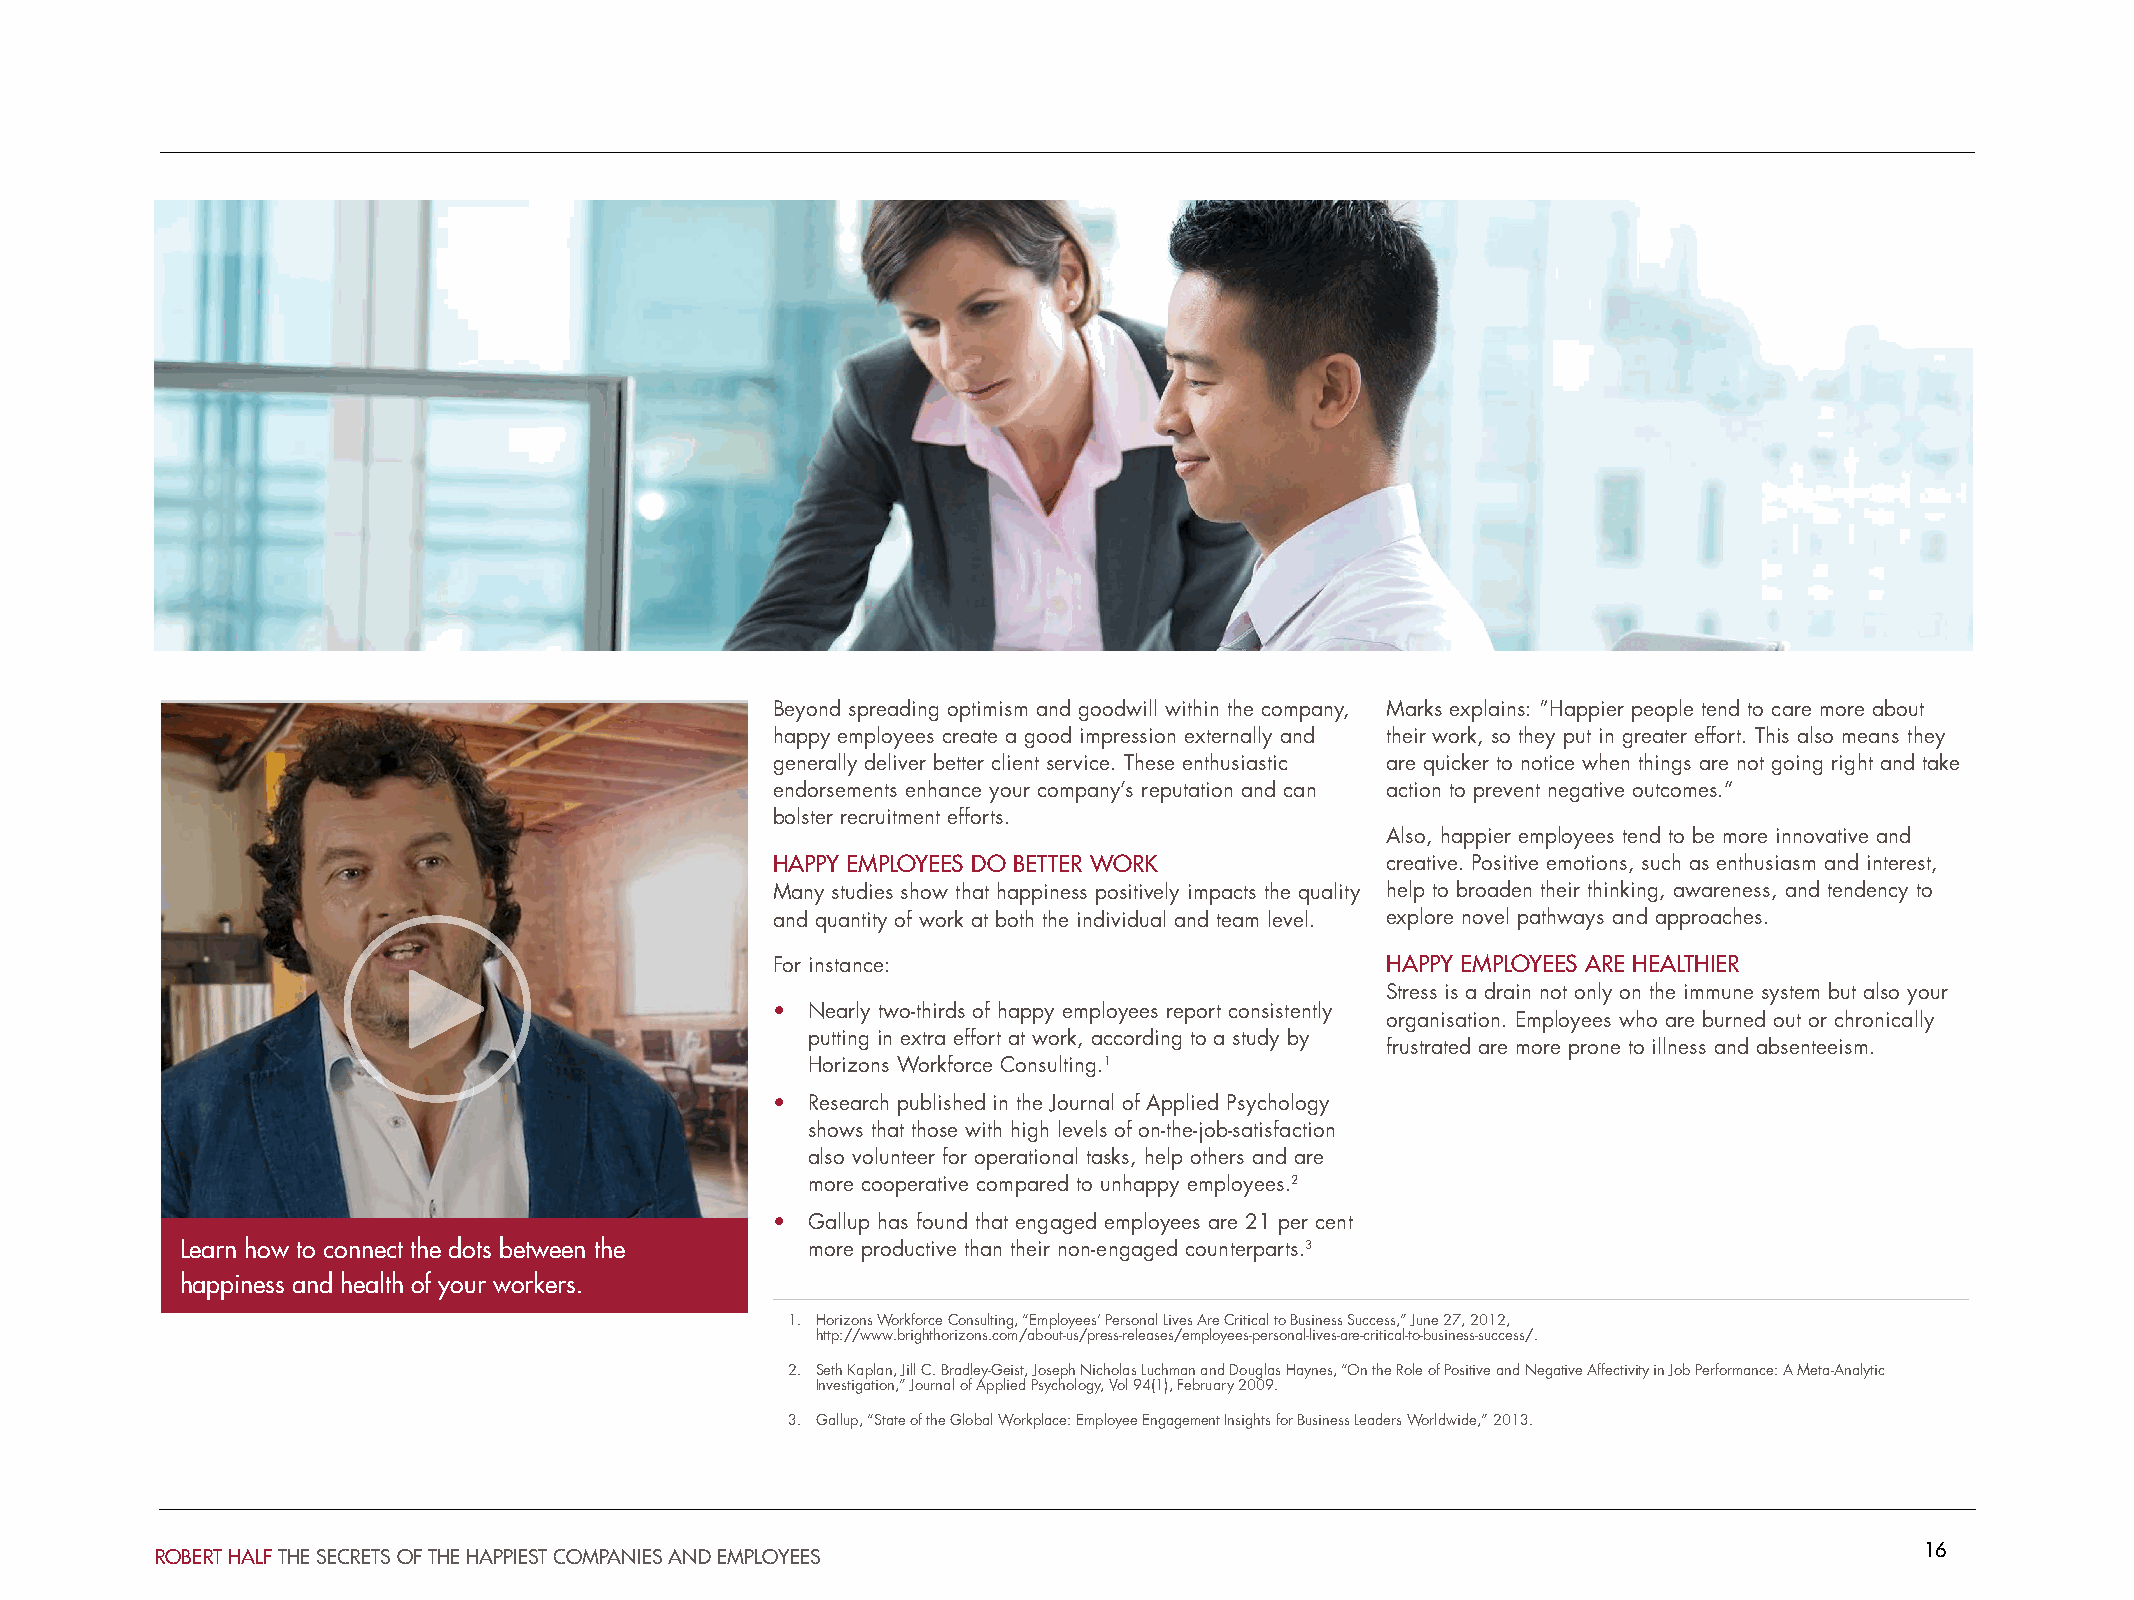
Beyond spreading optimism and goodwill within the company, Marks explains: “Happier people tend to care more about
 happy employees create a good impression externally and their work, so they put in greater effort. This also means they
 generally deliver better client service. These enthusiastic are quicker to notice when things are not going right and take
 endorsements enhance your company’s reputation and can action to prevent negative outcomes.”
 bolster recruitment efforts.
 Also, happier employees tend to be more innovative and
 HAPPY EMPLOYEES DO BETTER WORK           creative. Positive emotions, such as enthusiasm and interest,
 Many studies show that happiness positively impacts the quality help to broaden their thinking, awareness, and tendency to
 and quantity of work at both the individual and team level. explore novel pathways and approaches.
 For instance:                            HAPPY EMPLOYEES ARE HEALTHIER
 Stress is a drain not only on the immune system but also your
 • Nearly two-thirds of happy employees report consistently
 organisation. Employees who are burned out or chronically
 putting in extra effort at work, according to a study by
 frustrated are more prone to illness and absenteeism.
 Horizons Workforce Consulting.1
 • Research published in the Journal of Applied Psychology
 shows that those with high levels of on-the-job-satisfaction
 also volunteer for operational tasks, help others and are
 more cooperative compared to unhappy employees.2
 • Gallup has found that engaged employees are 21 per cent
 Learn how to connect the dots between the more productive than their non-engaged counterparts.3
 happiness and health of your workers.
 1. Horizons Workforce Consulting, “Employees’ Personal Lives Are Critical to Business Success,” June 27, 2012,
 http://www.brighthorizons.com/about-us/press-releases/employees-personal-lives-are-critical-to-business-success/.
 2. Seth Kaplan, Jill C. Bradley-Geist, Joseph Nicholas Luchman and Douglas Haynes, “On the Role of Positive and Negative Affectivity in Job Performance: A Meta-Analytic
 Investigation,” Journal of Applied Psychology, Vol 94(1), February 2009.
 3. Gallup, “State of the Global Workplace: Employee Engagement Insights for Business Leaders Worldwide,” 2013.
 16
 ROBERT HALF THE SECRETS OF THE HAPPIEST COMPANIES AND EMPLOYEES